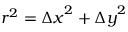
r ^ { 2 } = { \Delta x } ^ { 2 } + { \Delta y } ^ { 2 }